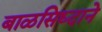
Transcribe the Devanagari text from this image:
बाळसिध्दाने